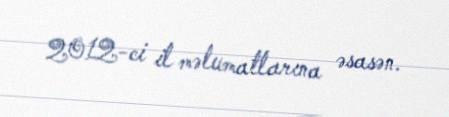
2012-ci il məlumatlarına əsasən.